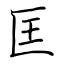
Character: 匡